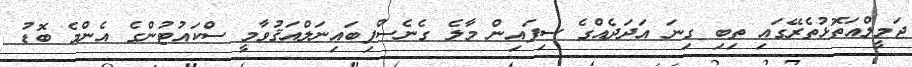
ޖަމީލްއަތޮޅުތެރޭގައި ތިބި ގިނަ އަދަދެއްގެ ސިފައިން މާލެ ގެނެސްފިބައިނަލްއަޤުވާމީ ސްކައުޓުންގެ އެންމެ ބޮޑު